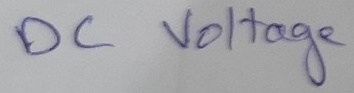
Text: DC Voltage